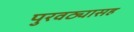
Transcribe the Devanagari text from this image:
पुरवठ्यासह